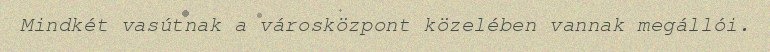
Mindkét vasútnak a városközpont közelében vannak megállói.